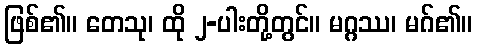
ဖြစ်၏။ တေသု၊ ထို ၂-ပါးတို့တွင်။ မဂ္ဂဿ၊ မဂ်၏။